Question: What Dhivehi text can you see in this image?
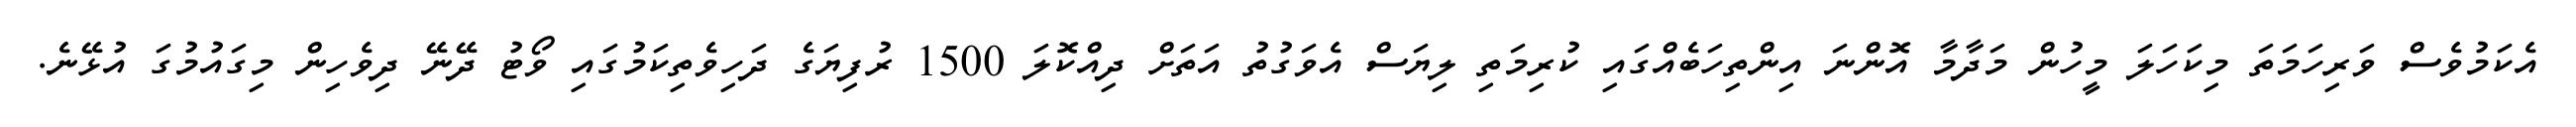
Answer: އެކަމުވެސް ވަރިހަމަތަ މިކަހަލަ މީހުން މަދާމާ އޮންނަ އިންތިހަބެއްގައި ކުރިމަތި ލިޔަސް އެވަގުތު އަތަށް ދިއްކޮލަ 1500 ރުފިޔަގެ ދަހިވެތިކަމުގައި ވޯޓު ދޭނޭ ދިވެހިން މިގައުމުގަ އުޅޭނެ.